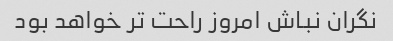
نگران نباش امروز راحت تر خواهد بود